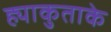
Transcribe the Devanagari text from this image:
ह्याकुताके